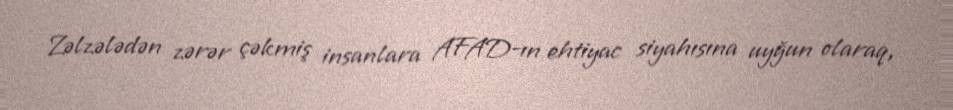
Zəlzələdən zərər çəkmiş insanlara AFAD-ın ehtiyac siyahısına uyğun olaraq,